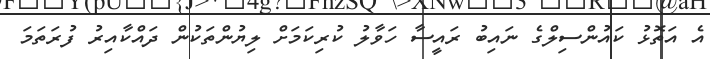
އެ އަތޮޅު ކައުންސިލްގެ ނައިބު ރައީސާ ހަވާލު ކުރިކަމަށް ލިޔުންތަކުން ދައްކާއިރު ފުރަތަމަ